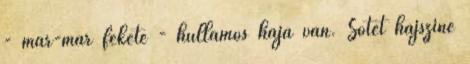
- már-már fekete - hullámos haja van. Sötét hajszíne